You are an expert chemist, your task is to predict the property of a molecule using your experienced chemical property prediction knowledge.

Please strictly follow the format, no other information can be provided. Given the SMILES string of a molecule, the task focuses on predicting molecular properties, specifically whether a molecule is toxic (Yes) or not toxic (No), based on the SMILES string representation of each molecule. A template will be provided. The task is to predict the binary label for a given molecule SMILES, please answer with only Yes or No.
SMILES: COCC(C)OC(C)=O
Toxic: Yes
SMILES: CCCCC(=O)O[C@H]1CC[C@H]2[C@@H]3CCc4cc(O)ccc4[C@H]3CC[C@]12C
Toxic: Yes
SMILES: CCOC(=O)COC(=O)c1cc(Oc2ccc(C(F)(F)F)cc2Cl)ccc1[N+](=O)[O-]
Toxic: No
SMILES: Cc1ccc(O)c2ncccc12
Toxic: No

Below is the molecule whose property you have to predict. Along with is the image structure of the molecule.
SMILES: c1csc(C2(N3CCCCC3)CCCCC2)c1
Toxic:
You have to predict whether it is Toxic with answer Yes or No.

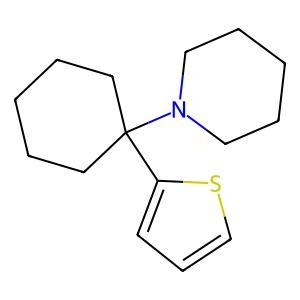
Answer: No